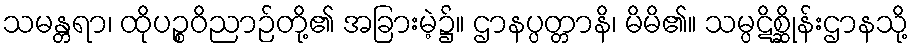
သမန္တရာ၊ ထိုပဉ္စဝိညာဉ်တို့၏ အခြားမဲ့၌။ ဌာနပ္ပတ္တာနိ၊ မိမိ၏။ သမ္ပဋိစ္ဆိုန်းဌာနသို့